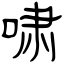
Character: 啸